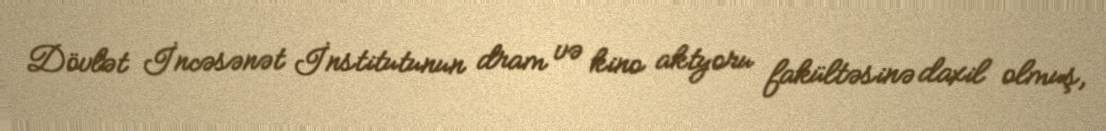
Dövlət İncəsənət İnstitutunun dram və kino aktyoru fakültəsinə daxil olmuş,